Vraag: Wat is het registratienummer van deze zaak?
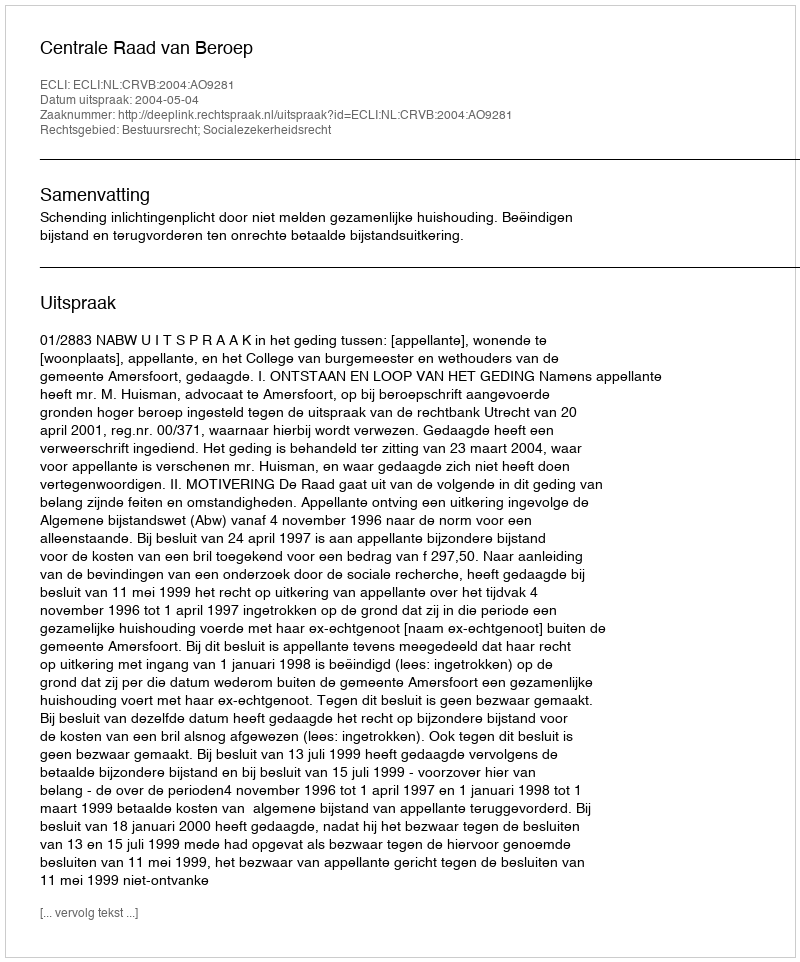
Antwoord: http://deeplink.rechtspraak.nl/uitspraak?id=ECLI:NL:CRVB:2004:AO9281